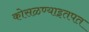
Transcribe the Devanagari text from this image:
कोसळण्याइतपत